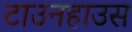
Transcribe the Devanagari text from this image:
टाउनहाउस